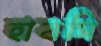
হাবসি